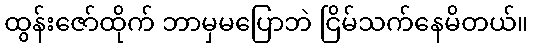
ထွန်းဇော်ထိုက် ဘာမှမပြောဘဲ ငြိမ်သက်နေမိတယ်။